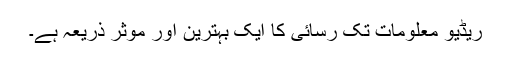
ریڈیو معلومات تک رسائی کا ایک بہترین اور موثر ذریعہ ہے۔